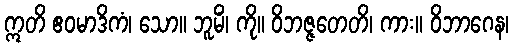
ဣတိ ဧဝမာဒိကံ၊ သော။ ဘူမိံ၊ ကို။ ဝိဘဇ္ဇတေတိ၊ ကား။ ဝိဘာဂေန၊